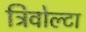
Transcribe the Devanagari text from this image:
ट्रिवोल्‍टा